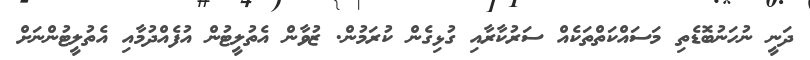
ދަނީ ނުހަނުބޮޑެތި މަސައްކަތްތަކެއް ސަރުކާރާއި ގުޅިގެން ކުރަމުން. ޒުވާން އެތުލީޓުން އުފެއްދުމާއި އެތުލީޓުންނަށް